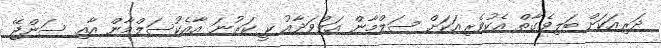
ދަރިއަކަށް ބަލިވެގާތް އެކުވެރިއަކަށް ސަލްމާން އަލްވަދާއު ކީ ކަރުނަ އާއެކުސަލްމާން އާއި ސަންޖޭ